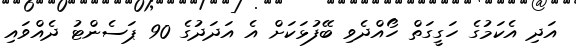
އަދި އެކަމުގެ ހަގީގަތް ހޯއްދެވި ބޭފުޅަކަށް އެ އަދަދުގެ 90 ޕަސެންޓު ދެއްވައި